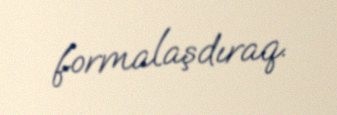
formalaşdıraq.